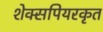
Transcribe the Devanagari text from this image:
शेक्सपियरकृत